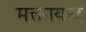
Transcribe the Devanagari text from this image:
मत्तगयन्द